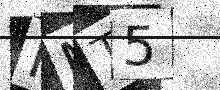
Text: KMT5